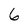
Character: 6